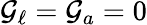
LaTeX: \mathcal{G}_{\ell}=\mathcal{G}_{a}=0